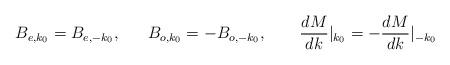
LaTeX: \begin{align*}B_{e,k_0}=B_{e,-k_0},~~~~~B_{o,k_0}=-B_{o,-k_0},~~~~~~\frac{dM}{dk}|_{k_0}=-\frac{dM}{dk}|_{-k_0}\end{align*}